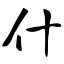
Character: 什